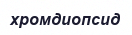
хромдиопсид